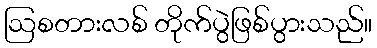
ဩစတားလစ် တိုက်ပွဲဖြစ်ပွားသည်။